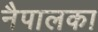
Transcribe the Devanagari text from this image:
नैपालका